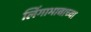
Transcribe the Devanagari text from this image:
लिंगाभावाच्या